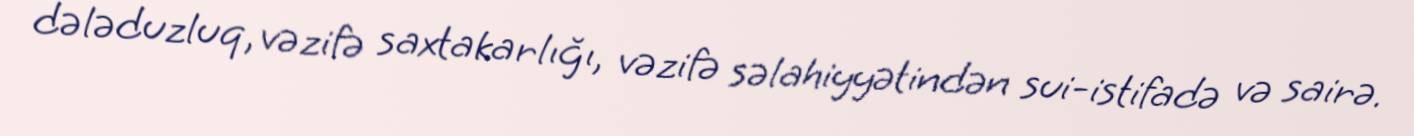
dələduzluq, vəzifə saxtakarlığı, vəzifə səlahiyyətindən sui-istifadə və sairə.